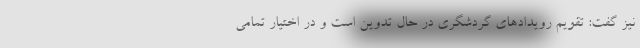
نیز گفت: تقویم رویدادهای گردشگری در حال تدوین است و در اختیار تمامی